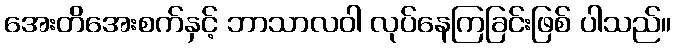
အေးတိအေးစက်နှင့် ဘာသာလဝါ လုပ်နေကြခြင်းဖြစ် ပါသည်။